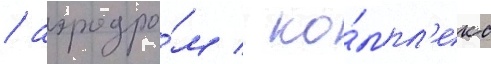
/ аэродро́м / ко́мпл'екс